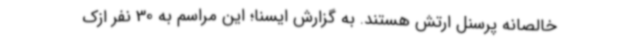
خالصانه پرسنل ارتش هستند. به گزارش ایسنا؛ این مراسم به 30 نفر ازک